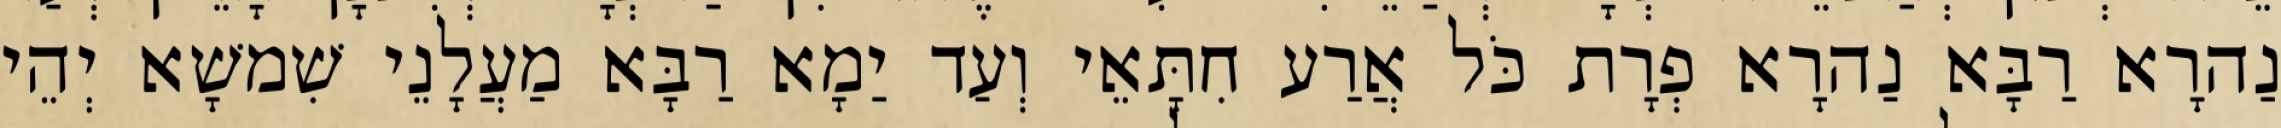
נַהרָא רַבָּא נַהרָא פְרָת כֹּל אֲרַע חִתָּאֵי וְעַד יַמָא רַבָּא מַעֲלָנֵי שִׁמשָׁא יְהֵי